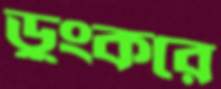
ডুংকরে